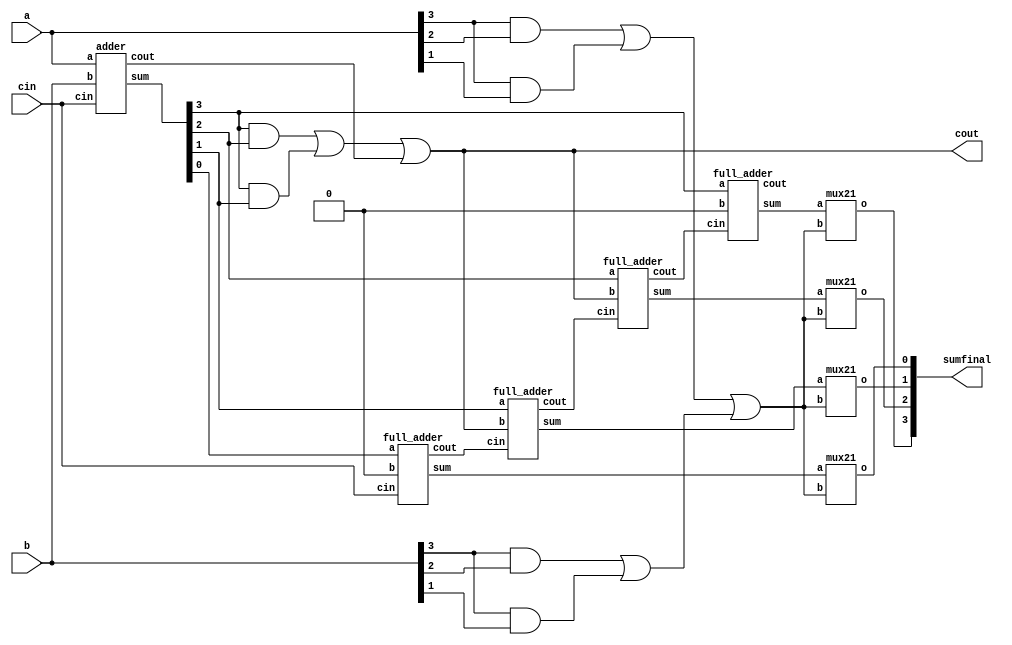
module bcd_adder(
  input [3:0]a,
  input [3:0]b,
  input cin,
  output [3:0]sumfinal,
  output cout
);
  wire [3:0]s;
  wire [3:0]sum;
  wire c,c0,c1,c2,c3,and1,and2; 
  
  adder a1(a,b,cin,s,c);
  and a2(and1,s[3],s[2]);
  and a3(and2,s[3],s[1]);
  or o1(cout,and1,and2,c);
  
  full_adder faa1(s[0],1'b0,cin,sum[0],c0);
  full_adder faa2(s[1],cout,c0,sum[1],c1);
  full_adder faa3(s[2],cout,c1,sum[2],c2);
  full_adder faa4(s[3],1'b0,c2,sum[3],c3);
  
  wire greater,greater1,greater2;
  
  and(greater1,a[3],a[2]);
  and(greater2,a[3],a[1]);
  or(greater,greater1,greater2);
  
  wire check,check1,check2;
  
  and(check1,b[3],b[2]);
  and(check2,b[3],b[1]);
  or(check,check1,check2);
  
  wire greatercheck;
  
  or(greatercheck,greater,check);
  
  mux21 m1(sum[0],greatercheck,sumfinal[0]);
  mux21 m2(sum[1],greatercheck,sumfinal[1]);
  mux21 m3(sum[2],greatercheck,sumfinal[2]);
  mux21 m4(sum[3],greatercheck,sumfinal[3]);
  
endmodule

module mux21(
  input a,b,
  output o
);
  wire bbar,d0,d1;
  
  not(bbar,b);
  and(d0,a,bbar);
  and(d1,b,1'bx);
  or(o,d0,d1);
  
endmodule
  
module full_adder(
  input a,
  input b,
  input cin,
  output sum,
  output cout
);
  
  wire t1,t2,t3;
  
  xor x1(t1,a,b);
  xor x2(sum,t1,cin);
  and a1(t2,a,b);
  and a2(t3,t1,cin);
  or o1(cout,t3,t2);
 
endmodule

module adder(
  input [3:0]a,
  input [3:0]b,
  input cin,
  output [3:0]sum,
  output cout
);
  
  wire c0,c1,c2;
  
  full_adder FA1(a[0],b[0],cin,sum[0],c0);
  full_adder FA2(a[1],b[1],c0,sum[1],c1);
  full_adder FA3(a[2],b[2],c1,sum[2],c2);
  full_adder FA4(a[3],b[3],c2,sum[3],cout);
  
endmodule
  



//TESTBENCH

module bcd_adder_test();
  reg [3:0]a;
  reg [3:0]b;
  reg cin;
  wire [3:0]sumfinal;
  wire cout;
  
  bcd_adder uut (.a(a),.b(b),.cin(cin),.cout(cout),.sumfinal(sumfinal));
  integer count;
  
  initial begin
    cin=1'b0;
    for (count=0;count<256;count=count+1) begin
      {a,b}=count;
      #10;
    end
  end
endmodule